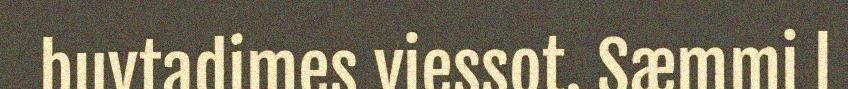
buvtadimes viessot. Sæmmi l